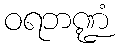
ဝရဘဏ္ဍံ